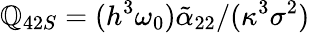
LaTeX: \mathbb{Q}_{42S}=(h^{3}\omega_{0})\tilde{{\alpha}}_{22}/(\kappa^{3}\sigma^{2})